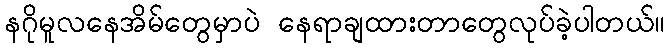
နဂိုမူလနေအိမ်တွေမှာပဲ နေရာချထားတာတွေလုပ်ခဲ့ပါတယ်။